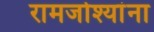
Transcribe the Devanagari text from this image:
रामजोश्यांना